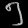
Digit: ၅